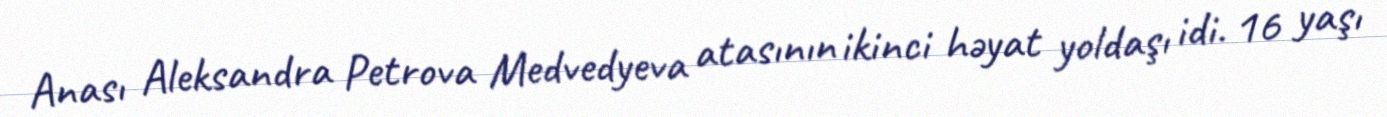
Anası Aleksandra Petrova Medvedyeva atasının ikinci həyat yoldaşı idi. 16 yaşı